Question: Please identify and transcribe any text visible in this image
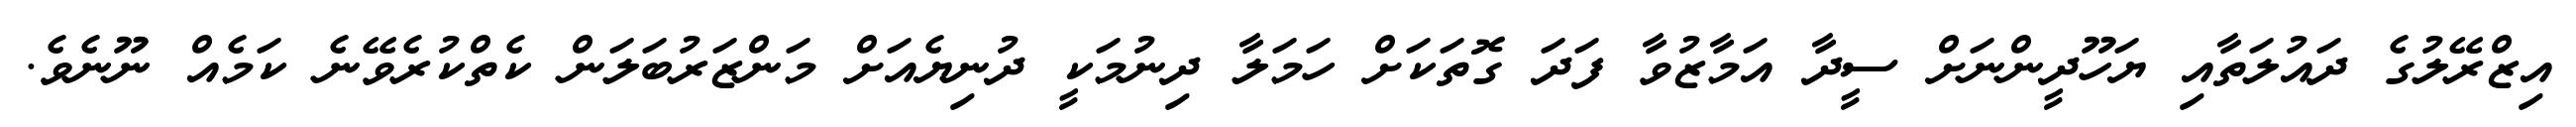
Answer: އިޒްރޭލުގެ ދައުލަތާއި ޔަހޫދީންނަށް ސީދާ އަމާޒުވާ ފަދަ ގޮތަކަށް ހަމަލާ ދިނުމަކީ ދުނިޔެއަށް މަންޒަރުބަލަން ކެތްކުރެވޭނެ ކަމެއް ނޫނެވެ.